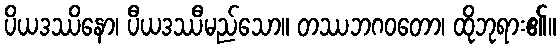
ပိယဒဿိနော၊ ပီယဒဿီမည်သော။ တဿဘဂဝတော၊ ထိုဘုရား၏။